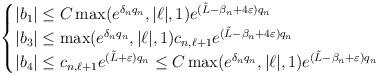
LaTeX: \begin{align*}\begin{cases}|b_1|\leq C \max(e^{\delta_n q_n}, |\ell |, 1) e^{(\tilde{L}-\beta_n+4\varepsilon) q_n}\\|b_3|\leq \max(e^{\delta_n q_n}, |\ell |, 1) c_{n,\ell+1} e^{(\tilde{L}-\beta_n+4\varepsilon) q_n} \\|b_4|\leq c_{n,\ell+1}e^{(\tilde{L}+\varepsilon) q_n}\leq C \max(e^{\delta_n q_n}, |\ell |, 1) e^{(\tilde{L}-\beta_n+\varepsilon) q_n}\end{cases}\end{align*}